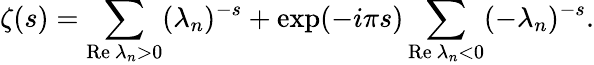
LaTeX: \zeta(s)=\sum_{\mathrm{Re}~\lambda_{n}>0}(\lambda_{n})^{-s}+\exp(-i\pi s)\sum_{\mathrm{Re}~\lambda_{n}<0}(-\lambda_{n})^{-s}.